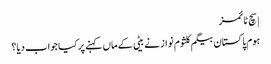
| سچ ٹائمز
ہوم پاکستان بیگم کلثوم نواز نے بیٹی کے ماں کہنے پر کیا جواب دیا؟